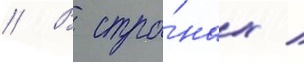
// В стра́нах /